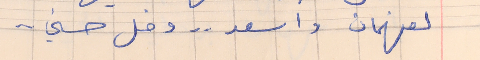
لفهمان واسعد  . . وضل حسني . .